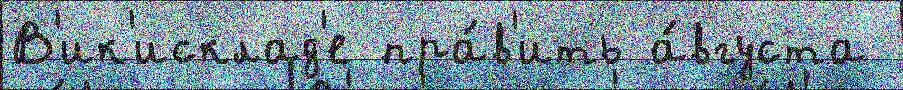
В'ик'исклад'е пра́в'ить а́вгуста